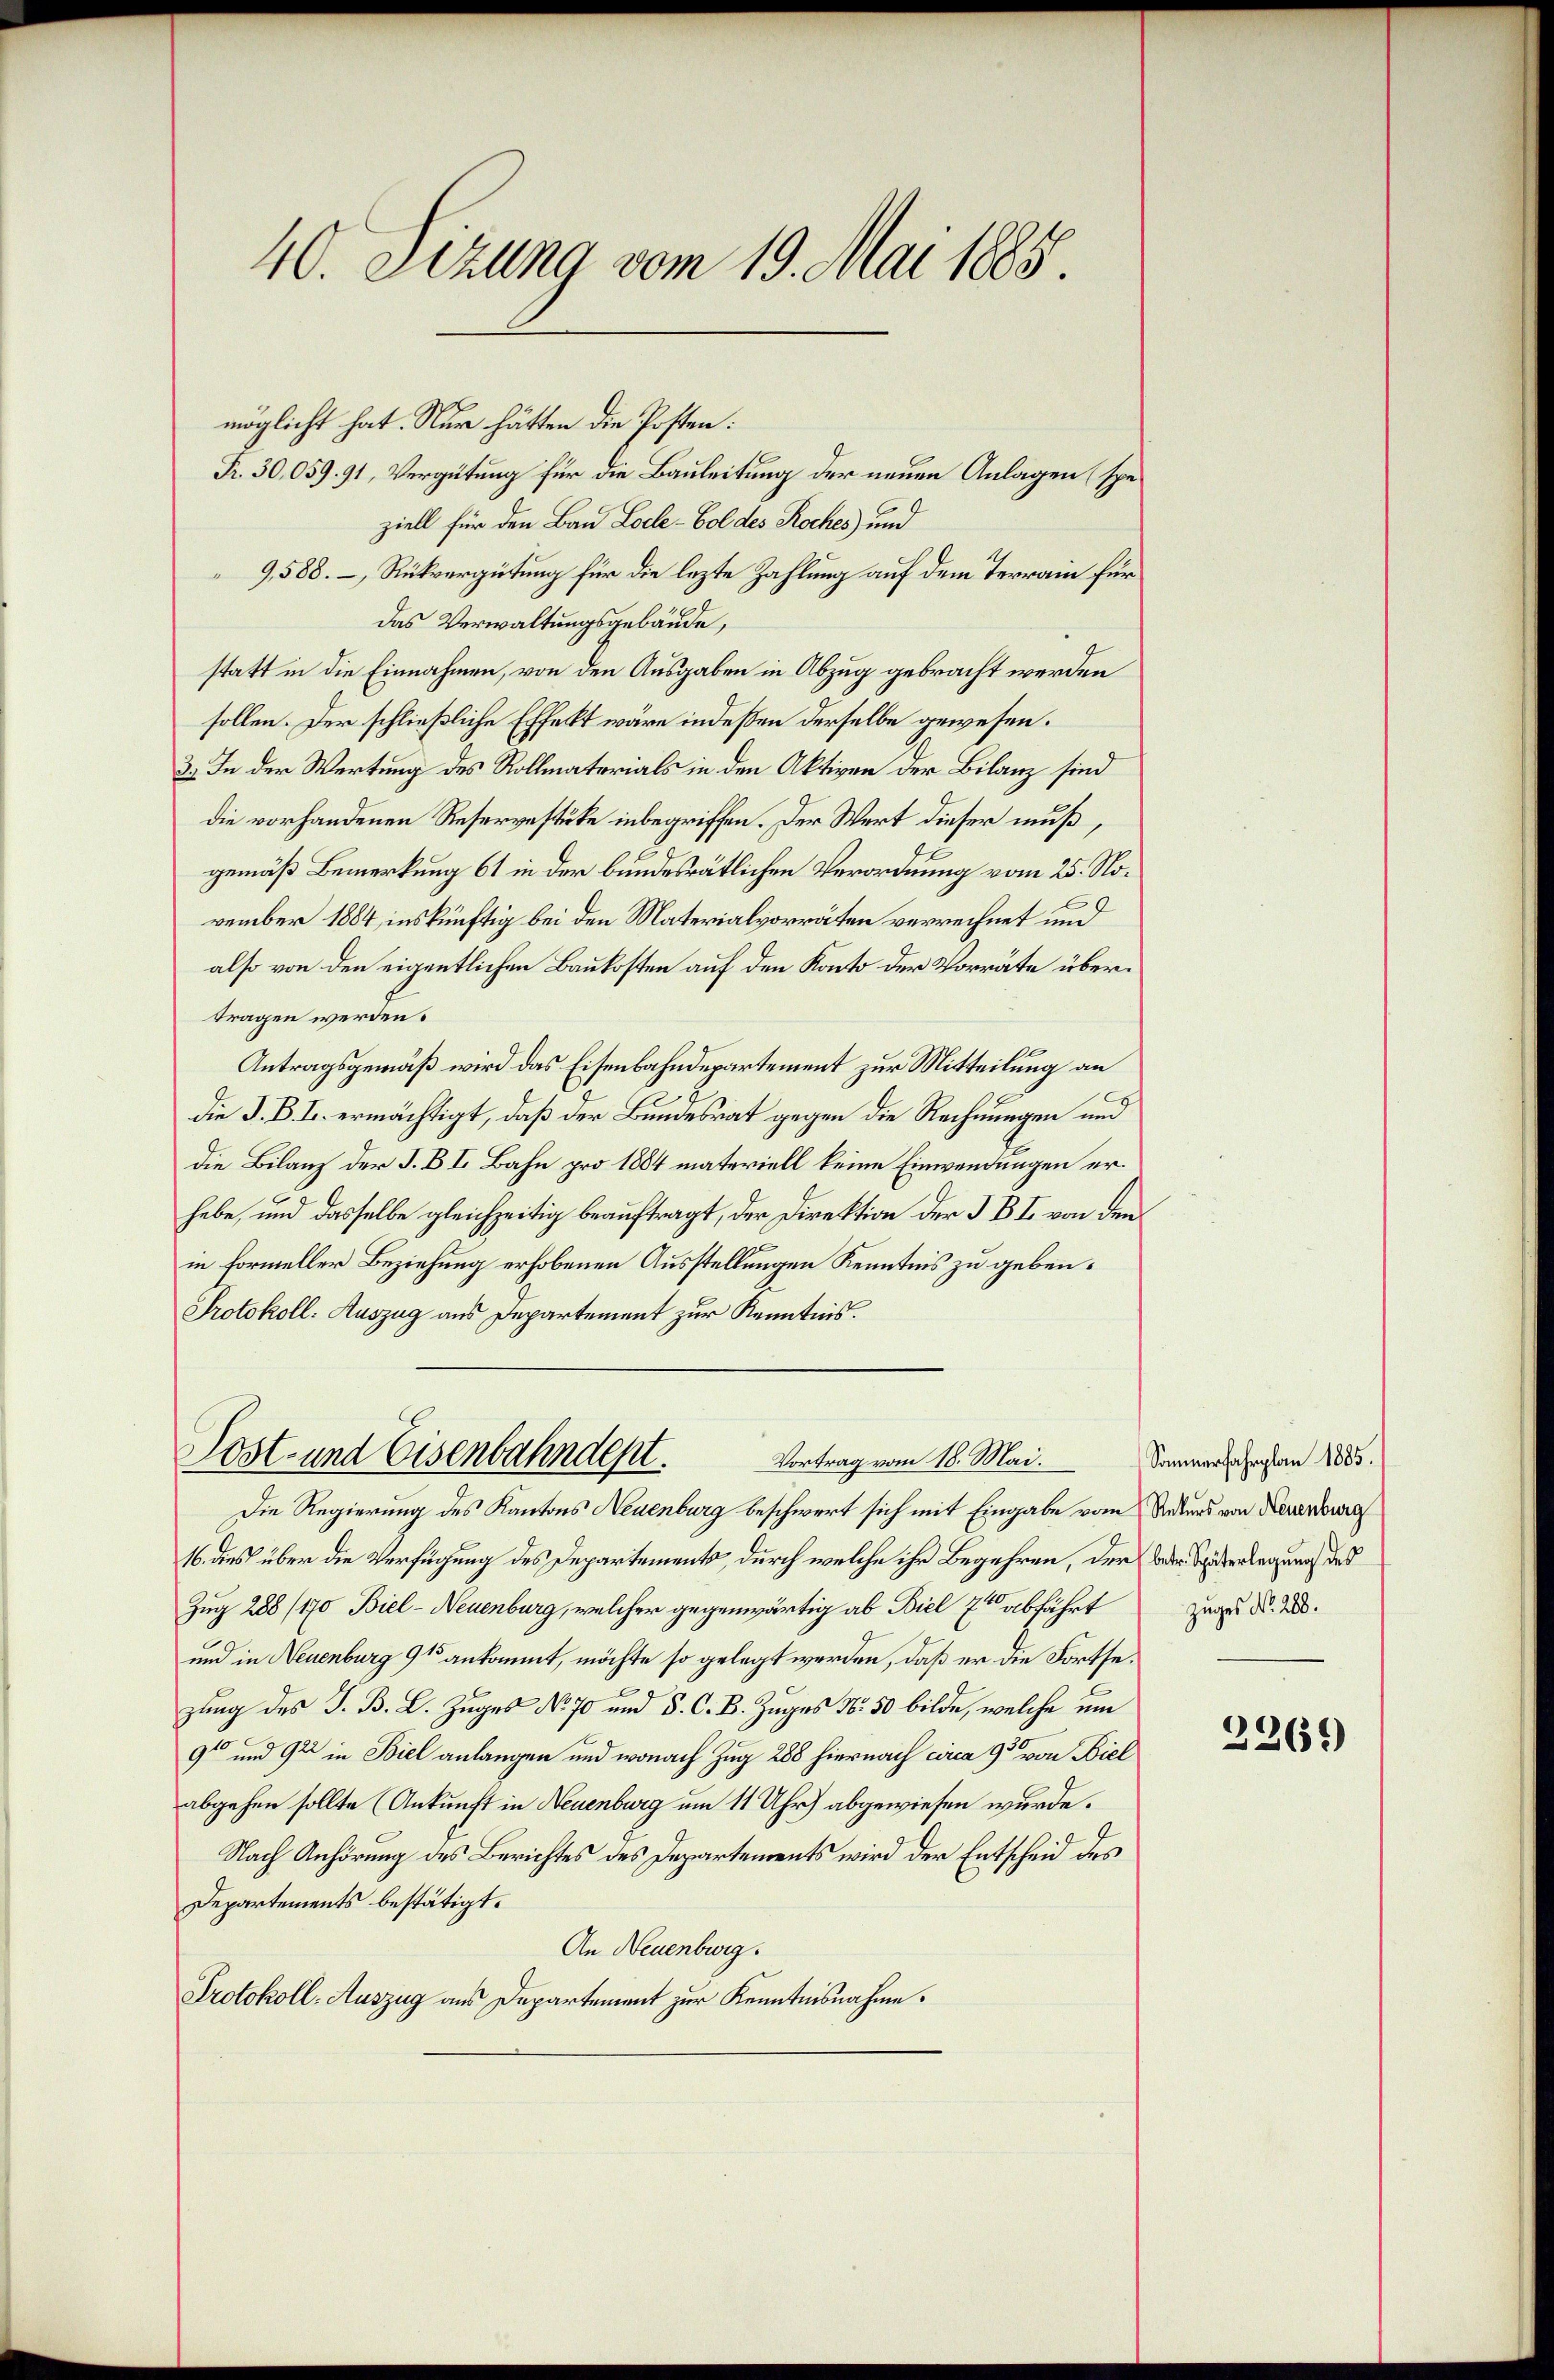
40. Sizung vom 19. Mai 1885.

möglicht hat. Nur hätten die Posten:
Fr. 30,059. 91, Vergütung für die Bauleitung der neuen Anlagen (speziell für den Bau Loche-Bol des Rockes und
9,588. Rückvergütung für die lezte Zahlung auf dem Terrain für
das Verwaltungsgebäude,
statt in die Einnahmen, von den Ausgaben in Abzug gebracht werden
sollen. Der schließliche Effekt wäre indeßen derselbe gewesen.
3.) In der Wertung des Rollmaterials in den Aktiven der Bilanz sind
die vorhandenen Reservestüke inbegriffen. Der Wert dieser muß,
gemäß Bemerkung 61 in der bundesrätlichen Verordnung vom 25. November 1884, inskünftig bei den Materialvorräten verrechnet und
also von den eigentlichen Baukosten auf den Konto der Vorräte übertragen werden.
Antragsgemäß wird das Eisenbahndepartement zur Mitteilung an
die J. B. I. ermächtigt, daß der Bundesrat gegen die Rechnungen und
die Bilanz der J. B I. Bahn pro 1884 materiell keine Einwendungen erhabe, und dasselbe gleichzeitig beauftragt, der Direktion der I B I. von den
in Formeller Beziehung erhobenen Ausstellungen Kenntnis zu geben.
Protokoll. Auszug aus Departement zur Kenntnis.

Post- und Eisenbahndept.
Vortrag vom 18. Mai.
Die Regierung des Kantons Neuenburg beschwert sich mit Eingabe vom Rekurs von Neuenburg

16. dies über die Verfügung des Departements, durch welche ihr Begehren, der oder Süderlegung des
Zug 288 (170, Biel-Neuenburg, welcher gegenwärtig ab Biel Er abführt au d. Js.
und in Neuenburg 91 ankommt, möchte so gelegt werden, daß er die Fortsezung des J. B. L. Zuges No 70 und S. C. B. Zuges N. 50 bilde, welche um
9t und 92 in Biel anlangen und wonach Zug 288 hiernach circa 9 von Biel
abgehen sollte (Ankunft in Neuenburg um 11 Uhr) abgewiesen wurde.
Nach Anhörung des Berichtes des Departements wird der Entscheid des
Departements bestätigt.
An Neuenburg.
Protokoll- Auszug aus Departement zur Kenntnisnahme.

Sommerfahrplan 1885.

2266)